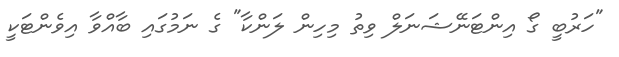
"ހަރުބީ ގޯ އިންޓަނޭޝަނަލް ވިތު މިހިން ލަންކާ" ގެ ނަމުގައި ބާއްވާ އިވެންޓަކީ